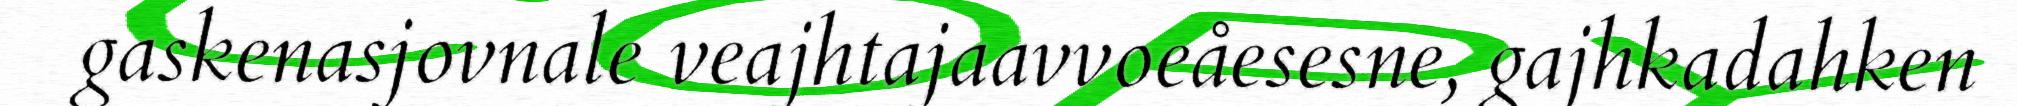
gaskenasjovnale veajhtajaavvoeåesesne, gajhkadahken